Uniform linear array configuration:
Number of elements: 48
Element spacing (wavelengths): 0.25
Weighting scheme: blackman
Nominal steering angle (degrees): -30
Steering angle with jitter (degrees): -31.853
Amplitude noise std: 0.05
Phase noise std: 0.05

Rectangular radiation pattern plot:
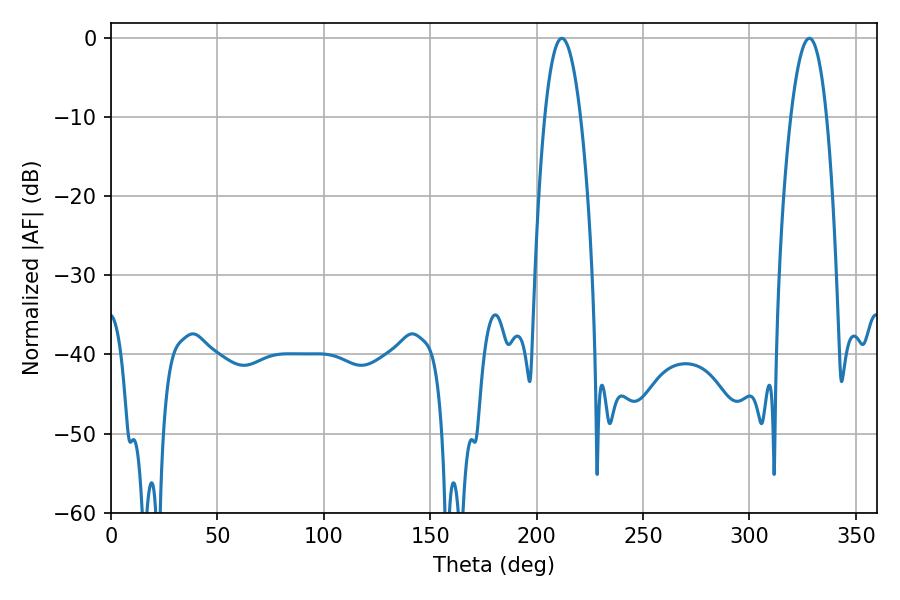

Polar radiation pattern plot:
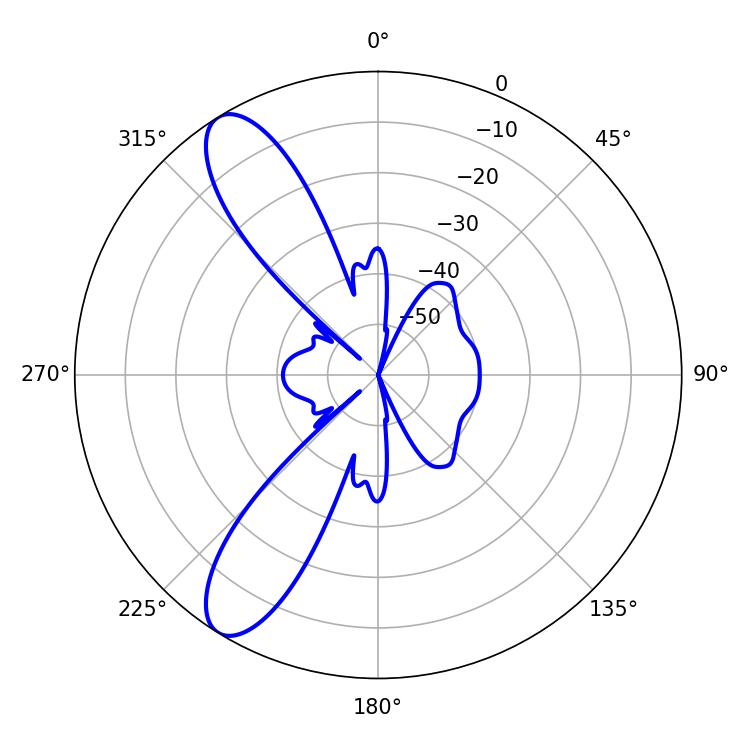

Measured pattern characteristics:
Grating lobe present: FALSE
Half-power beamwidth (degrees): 9.18
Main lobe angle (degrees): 211.86